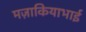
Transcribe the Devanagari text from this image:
मज़ाकियाभाई